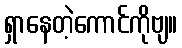
ရှာနေတဲ့ကောင်ကိုဗျ။